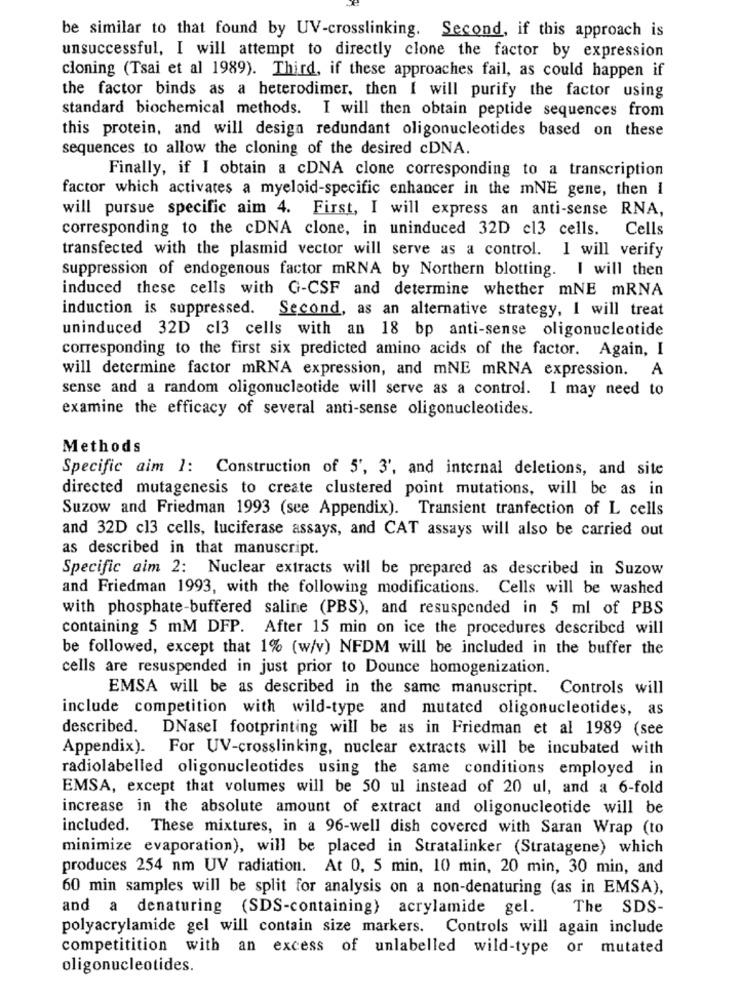
be similar to that found by UV-crosslinking. Second, if this approach is
unsuccessful, I will attempt to directly clone the factor by expression
cloning (Tsai et al 1989). Third, if these approaches fail, as could happen if
the factor binds as a heterodimer, then I will purify the factor using
standard biochemical methods. I will then obtain peptide sequences from
this protein, and will design redundant oligonucleotides based on these
sequences to allow the cloning of the desired cDNA.
Finally, if I obtain a cDNA clone corresponding to a transcription
factor which activates a myeloid-specific enhancer in the mNE gene, then I
will pursue specific aim 4. First, I will express an anti-sense RNA,
corresponding to the cDNA clone, in uninduced 32D c13 cells. Cells
transfected with the plasmid vector will serve as a control. I will verify
suppression of endogenous factor mRNA by Northern blotting. I will then
induced these cells with G-CSF and determine whether mNE mRNA
induction is suppressed. Second, as an alternative strategy, I will treat
uninduced 32D c13 cells with an 18 bp anti-sense oligonucleotide
corresponding to the first six predicted amino acids of the factor. Again, I
will determine factor mRNA expression, and mNE mRNA expression. A
sense and a random oligonucleotide will serve as a control. I may need to
examine the efficacy of several anti-sense oligonucleotides.
Methods
Specific aim 1: Construction of 5', 3', and internal deletions, and site
directed mutagenesis to create clustered point mutations, will be as in
Suzow and Friedman 1993 (see Appendix). Transient tranfection of L cells
and 32D cl3 cells, luciferase assays, and CAT assays will also be carried out
as described in that manuscript.
Specific aim 2: Nuclear extracts will be prepared as described in Suzow
and Friedman 1993, with the following modifications. Cells will be washed
with phosphate-buffered saline (PBS), and resuspended in 5 ml of PBS
containing 5 mM DFP. After 15 min on ice the procedures described will
be followed, except that 1% (w/v) NFDM will be included in the buffer the
cells are resuspended in just prior to Dounce homogenization.
EMSA will be as described in the same manuscript. Controls will
include competition with wild-type and mutated oligonucleotides, as
described. DNasel footprinting will be as in Friedman et al 1989 (see
Appendix). For UV-crosslinking, nuclear extracts will be incubated with
radiolabelled oligonucleotides using the same conditions employed in
EMSA, except that volumes will be 50 ul instead of 20 ul, and a 6-fold
increase in the absolute amount of extract and oligonucleotide will be
included. These mixtures, in a 96-well dish covered with Saran Wrap (to
minimize evaporation), will be placed in Stratalinker (Stratagene) which
produces 254 nm UV radiation. At 0, 5 min, 10 min, 20 min, 30 min, and
60 min samples will be split for analysis on a non-denaturing (as in EMSA),
and a denaturing (SDS-containing) acrylamide gel.
The SDS-
polyacrylamide gel will contain size markers. Controls will again include
competitition with an excess of unlabelled wild-type or mutated
oligonucleotides.